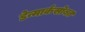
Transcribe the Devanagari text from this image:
डेन्मार्कसोबत